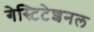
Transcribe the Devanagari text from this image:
गेस्टिटेशनल